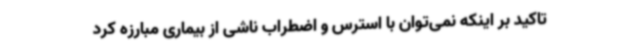
تاکید بر اینکه نمی‌توان با استرس و اضطراب ناشی از بیماری مبارزه کرد